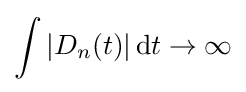
\int |D_{n}(t)|\,\mathrm {d} t\to \infty